Scottish Leaving Certificate Examination, 1956
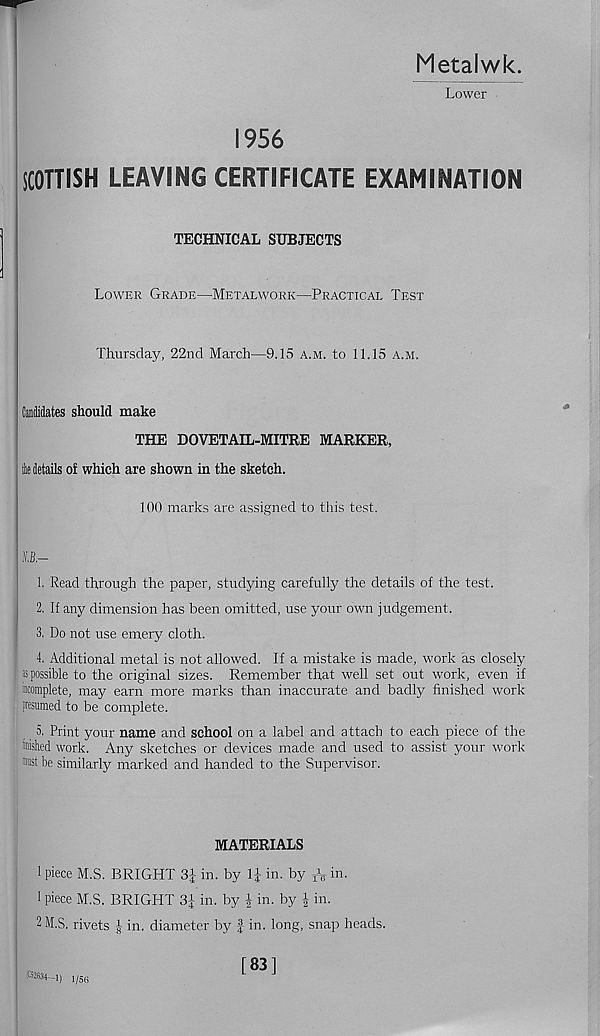
Metalwk.
Lower
1956
SCOTTISH LEAVING CERTIFICATE EXAMINATION
TECHNICAL SUBJECTS
Lower Grade—Metalwork—Practical Test
Thursday, 22nd March—9.15 a.m. to 11.15 a.m.
Candidates should make
THE DOVETAIL-MITRE MARKER,
le details of which are shown in the sketch.
100 marks are assigned to this test.
O.—
1. Read through the paper, studying carefully the details of the test.
2. If any dimension has been omitted, use your own judgement.
3. Do not use emery cloth.
4. Additional metal is not allowed. If a mistake is made, work as closely
is possible to the original sizes. Remember that well set out work, even if
incomplete, may earn more marks than inaccurate and badly finished work
presumed to be complete.
5. Print your name and school on a label and attach to each piece of the
finished work. Any sketches or devices made and used to assist your work
»st be similarly marked and handed to the Supervisor.
MATERIALS
1 piece M.S. BRIGHT 3| in. by 1J in. by T \ in.
1 piece M.S. BRIGHT 3J in. by | in. by | in.
2 M.S. rivets | in. diameter by f in. long, snap heads.
Hpgij 1/5(5
[83]